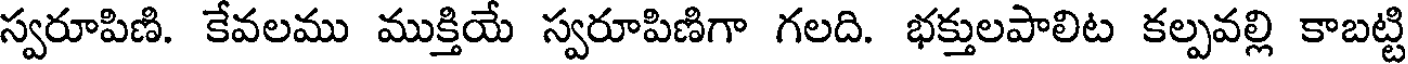
స్వరూపిణి. కేవలము ముక్తియే స్వరూపిణిగా గలది. భక్తులపాలిట కల్పవల్లి కాబట్టి